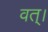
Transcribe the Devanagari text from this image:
वत्।